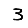
Digit: 3